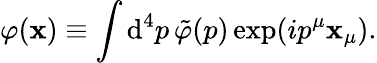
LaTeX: \varphi(\mathbf{x})\equiv\int\textrm{{d}}^{4}p\, \tilde{{\varphi}}(p)\exp(ip^{\mu}\mathbf{x}_{\mu}).